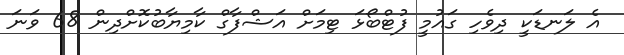
އެ ލަނޑަކީ ދިވެހި ގައުމީ ފުޓްބޯޅަ ޓިމަށް އަޝްފާގް ކާމިޔާބުކޮށްދިން 68 ވަނަ